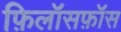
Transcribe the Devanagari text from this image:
फ़िलॉसफ़ॉस